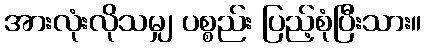
အားလုံးလိုသမျှ ပစ္စည်း ပြည့်စုံပြီးသား။